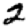
Digit: 2